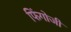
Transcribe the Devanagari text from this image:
फिंगोजी